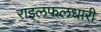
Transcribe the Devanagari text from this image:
राइलफलधारी